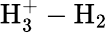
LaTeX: \mathrm{H}_{3}^{+}-\mathrm{H}_{2}